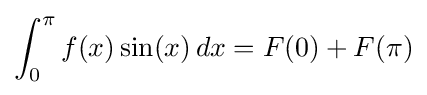
\int _{0}^{\pi }f(x)\sin(x)\,dx=F(0)+F(\pi )